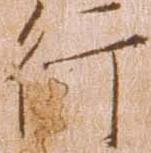
行